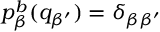
p _ { \beta } ^ { b } ( q _ { \beta ^ { \prime } } ) = \delta _ { \beta \beta ^ { \prime } }